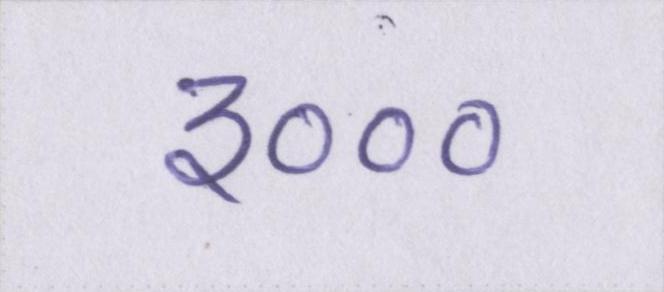
३०००